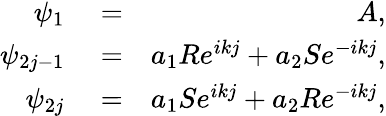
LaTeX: \begin{array}{rlr}{\psi_{1}}&{{}=}&{A,}\\ {\psi_{2j-1}}&{{}=}&{a_{1}Re^{ikj}+a_{2}Se^{-ikj},}\\ {\psi_{2j}}&{{}=}&{a_{1}Se^{ikj}+a_{2}Re^{-ikj},}\end{array}